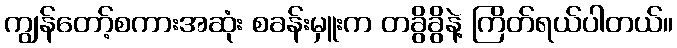
ကျွန်တော့်စကားအဆုံး စခန်းမှူးက တခွိခွိနဲ့ ကြိတ်ရယ်ပါတယ်။